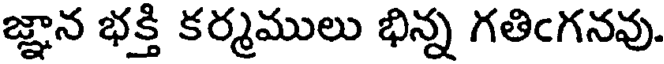
జ్ఞాన భక్తి కర్మములు భిన్న గతింగనవు.